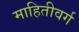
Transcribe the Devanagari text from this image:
माहितीवर्ग